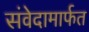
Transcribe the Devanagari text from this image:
संवेदामार्फत